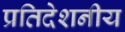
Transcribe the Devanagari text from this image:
प्रतिदेशनीय